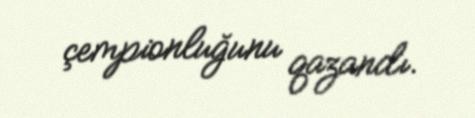
çempionluğunu qazandı.